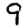
Digit: 9